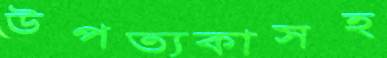
উপত্যকাসহ